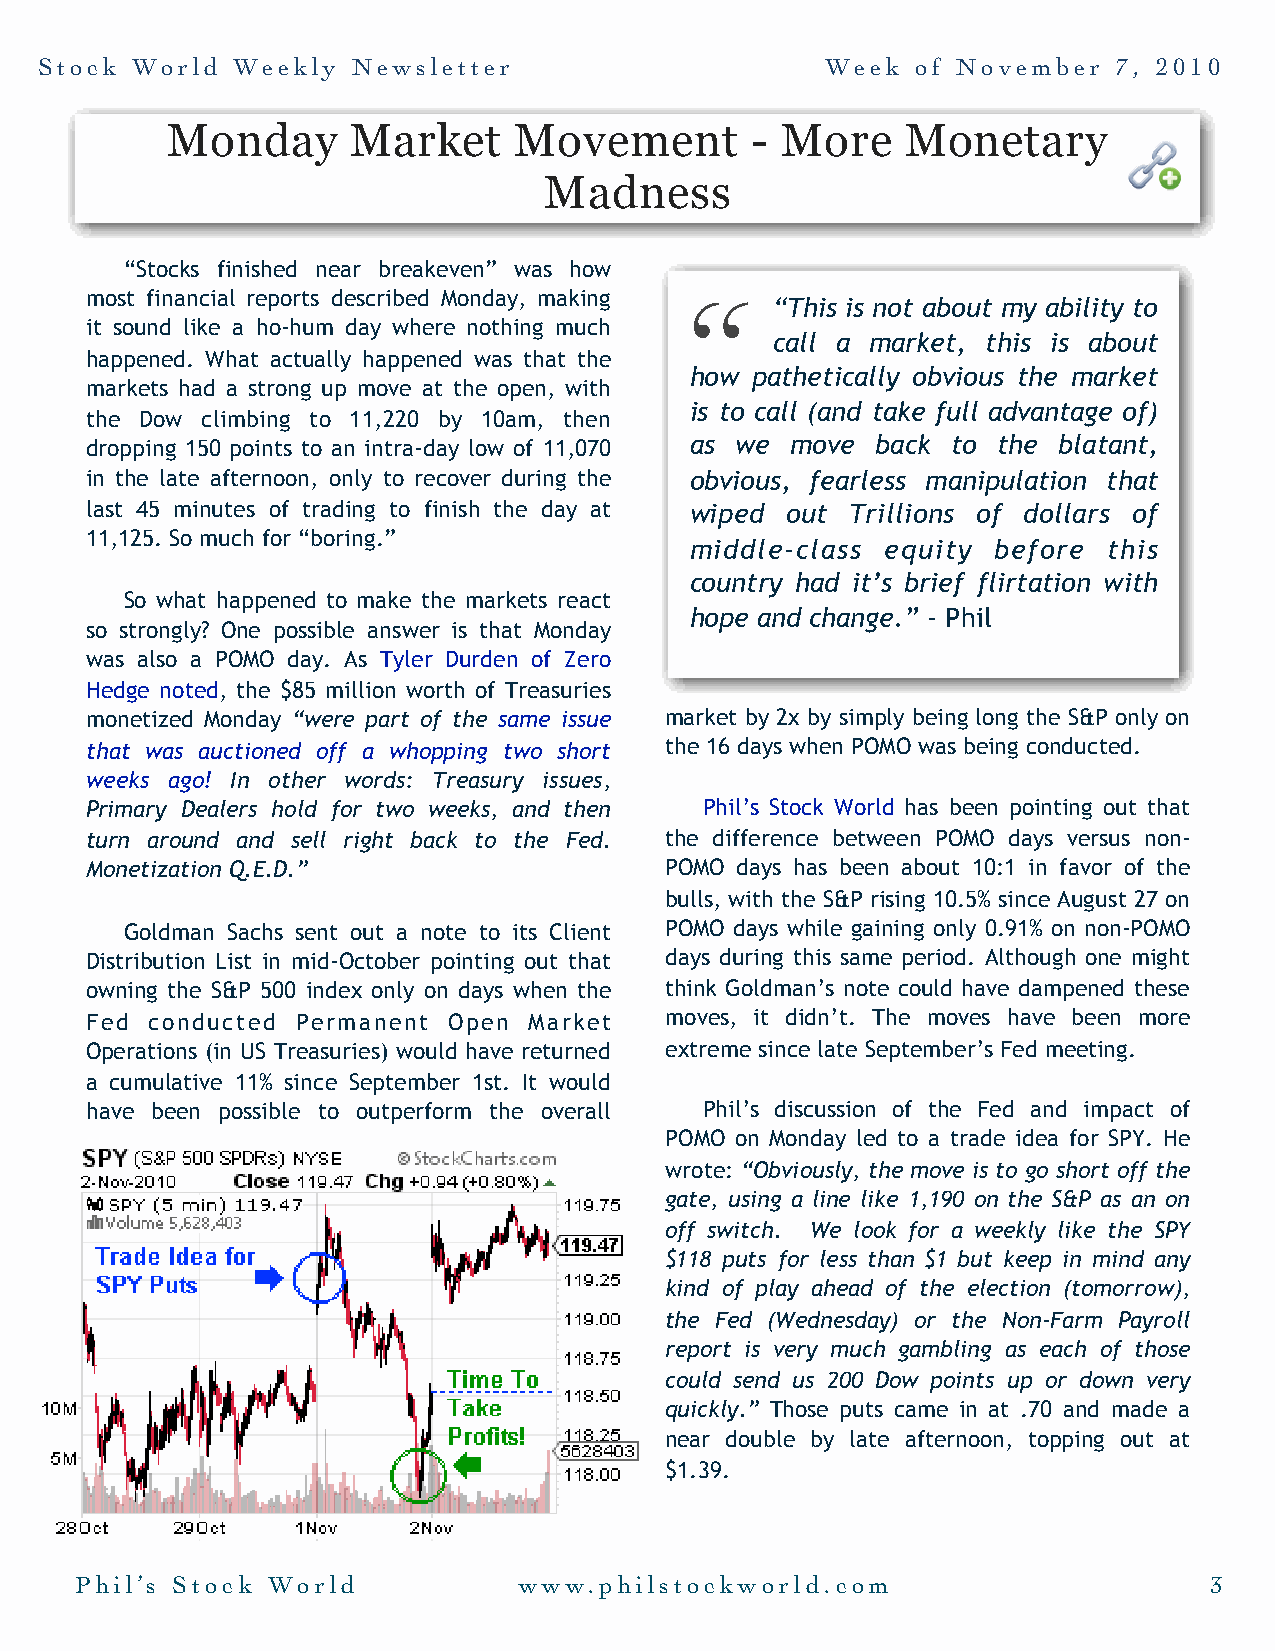
Stock  World Weekly  Newsletter                     Week  of November   7, 2010
 Monday      Market     Movement        - More    Monetary
 Madness
 “Stocks finished near breakeven” was how
 most financial reports described Monday, making “
 “This is not about my ability to
 it sound like a ho-hum day where nothing much
 call a market, this is about
 happened. What actually happened was that the
 how pathetically obvious the market
 markets had a strong up move at the open, with
 is to call (and take full advantage of)
 the Dow climbing to 11,220 by 10am, then
 dropping 150 points to an intra-day low of 11,070 as we move back to the blatant,
 in the late afternoon, only to recover during the obvious, fearless manipulation that
 last 45 minutes of trading to finish the day at wiped out Trillions of dollars of
 11,125. So much for “boring.”
 middle-class equity before this
 country had it’s brief flirtation with
 So what happened to make the markets react
 hope and change.” - Phil
 so strongly? One possible answer is that Monday
 was also a POMO day. As Tyler Durden of Zero
 Hedge noted, the $85 million worth of Treasuries
 monetized Monday “were part of the same issue market by 2x by simply being long the S&P only on
 that was auctioned off a whopping two short the 16 days when POMO was being conducted.
 weeks ago! In other words: Treasury issues,
 Primary Dealers hold for two weeks, and then Phil’s Stock World has been pointing out that
 turn around and sell right back to the Fed. the difference between POMO days versus non-
 Monetization Q.E.D.”                  POMO days has been about 10:1 in favor of the
 bulls, with the S&P rising 10.5% since August 27 on
 Goldman Sachs sent out a note to its Client POMO days while gaining only 0.91% on non-POMO
 Distribution List in mid-October pointing out that days during this same period. Although one might
 owning the S&P 500 index only on days when the think Goldman’s note could have dampened these
 Fed conducted Permanent Open Market   moves, it didn’t. The moves have been more
 Operations (in US Treasuries) would have returned extreme since late September’s Fed meeting.
 a cumulative 11% since September 1st. It would
 have been possible to outperform the overall Phil’s discussion of the Fed and impact of
 POMO on Monday led to a trade idea for SPY. He
 wrote: “Obviously, the move is to go short off the
 gate, using a line like 1,190 on the S&P as an on
 off switch. We look for a weekly like the SPY
 $118 puts for less than $1 but keep in mind any
 kind of play ahead of the election (tomorrow),
 the Fed (Wednesday) or the Non-Farm Payroll
 report is very much gambling as each of those
 could send us 200 Dow points up or down very
 quickly.” Those puts came in at .70 and made a
 near double by late afternoon, topping out at
 $1.39.
 Phil’s Stock World           www.philstockworld.com                        3